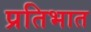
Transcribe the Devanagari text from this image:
प्रतिभात